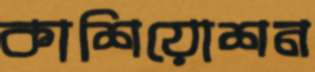
কাশিয়োশন